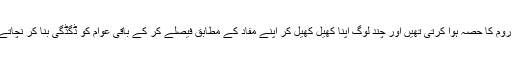
جو باتیں پہلے صرف ڈرائنگ روم کا حصہ ہوا کرتی تھیں اور چند لوگ اپنا کھیل کھیل کر اپنے مفاد کے مطابق فیصلے کر کے باقی عوام کو ڈگڈگی بنا کر نچاتے تھے اب ویسا ممکن نہیں رہا۔